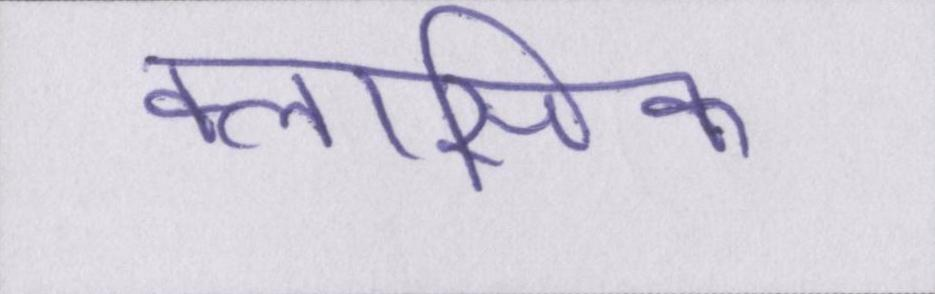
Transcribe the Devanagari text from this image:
क्लासिक